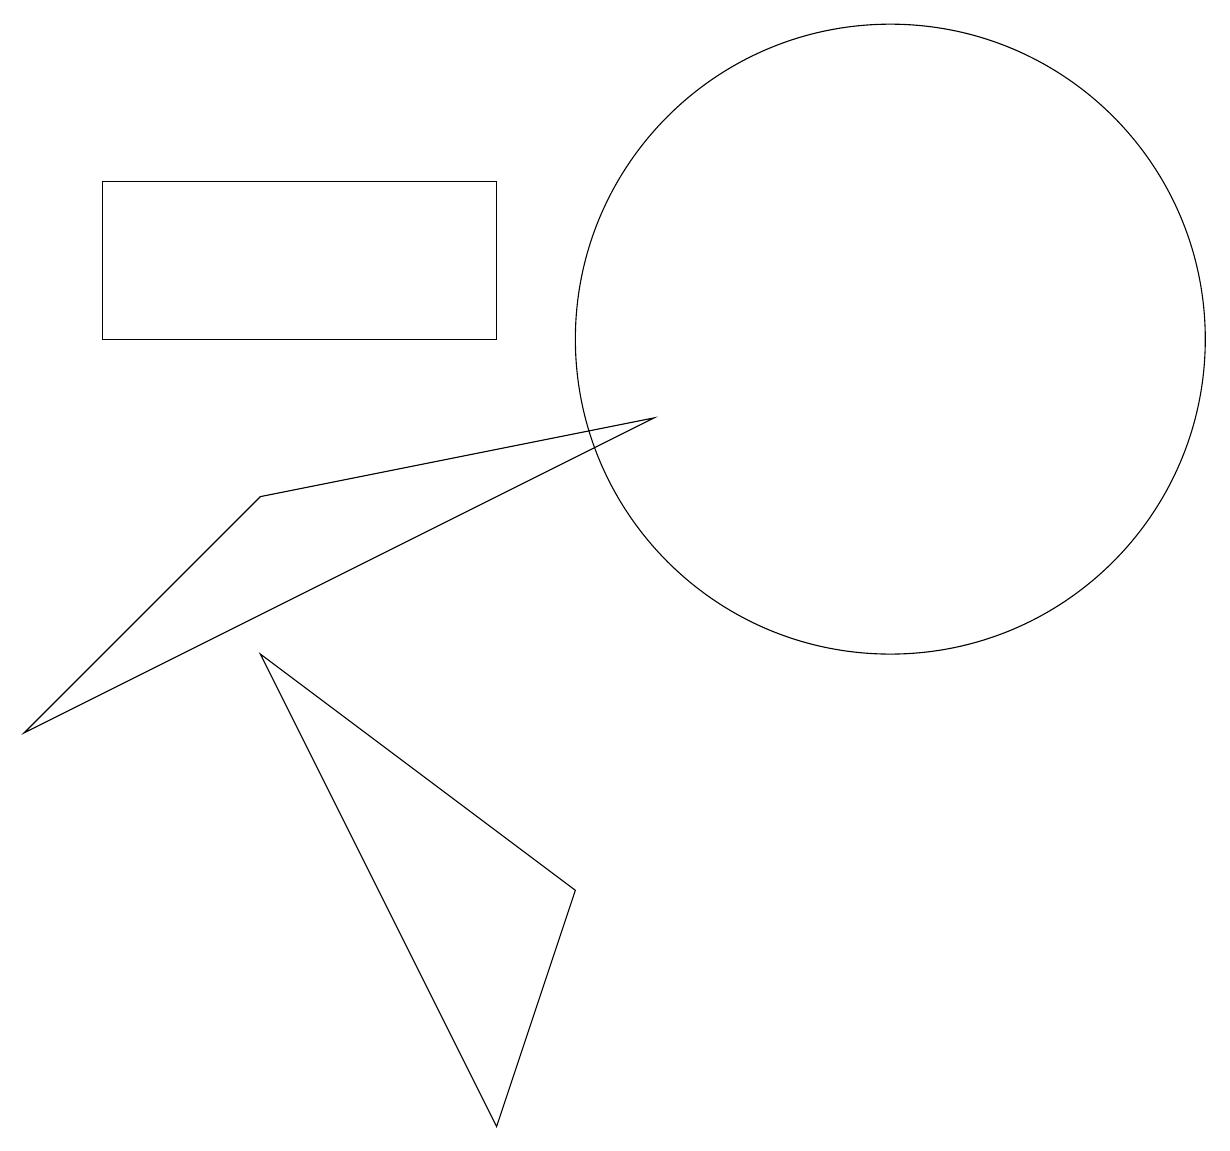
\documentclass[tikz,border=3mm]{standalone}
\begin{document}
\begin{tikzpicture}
\draw (7,0) -- (4,6) -- (8,3) -- cycle;
\draw (2,12) rectangle (7,10);
\draw (12,10) circle (4);
\draw (4,8) -- (1,5) -- (9,9) -- cycle;
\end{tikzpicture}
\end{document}